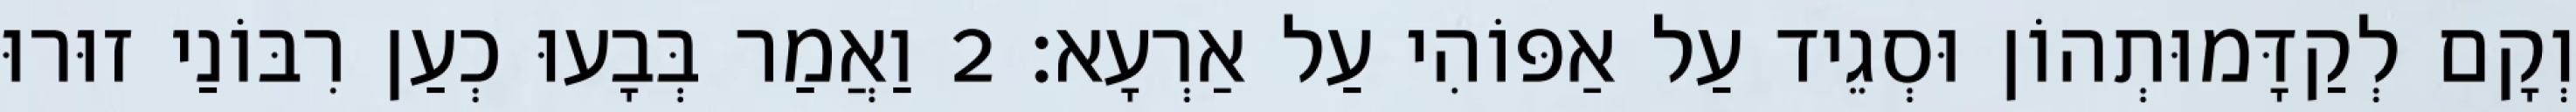
וְקָם לְקַדָּמוּתְהוֹן וּסְגֵיד עַל אַפּוֹהִי עַל אַרְעָא׃ 2 וַאֲמַר בְּבָעוּ כְעַן רִבּוֹנַי זוּרוּ